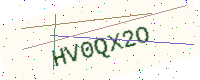
Text: HV0QX2O